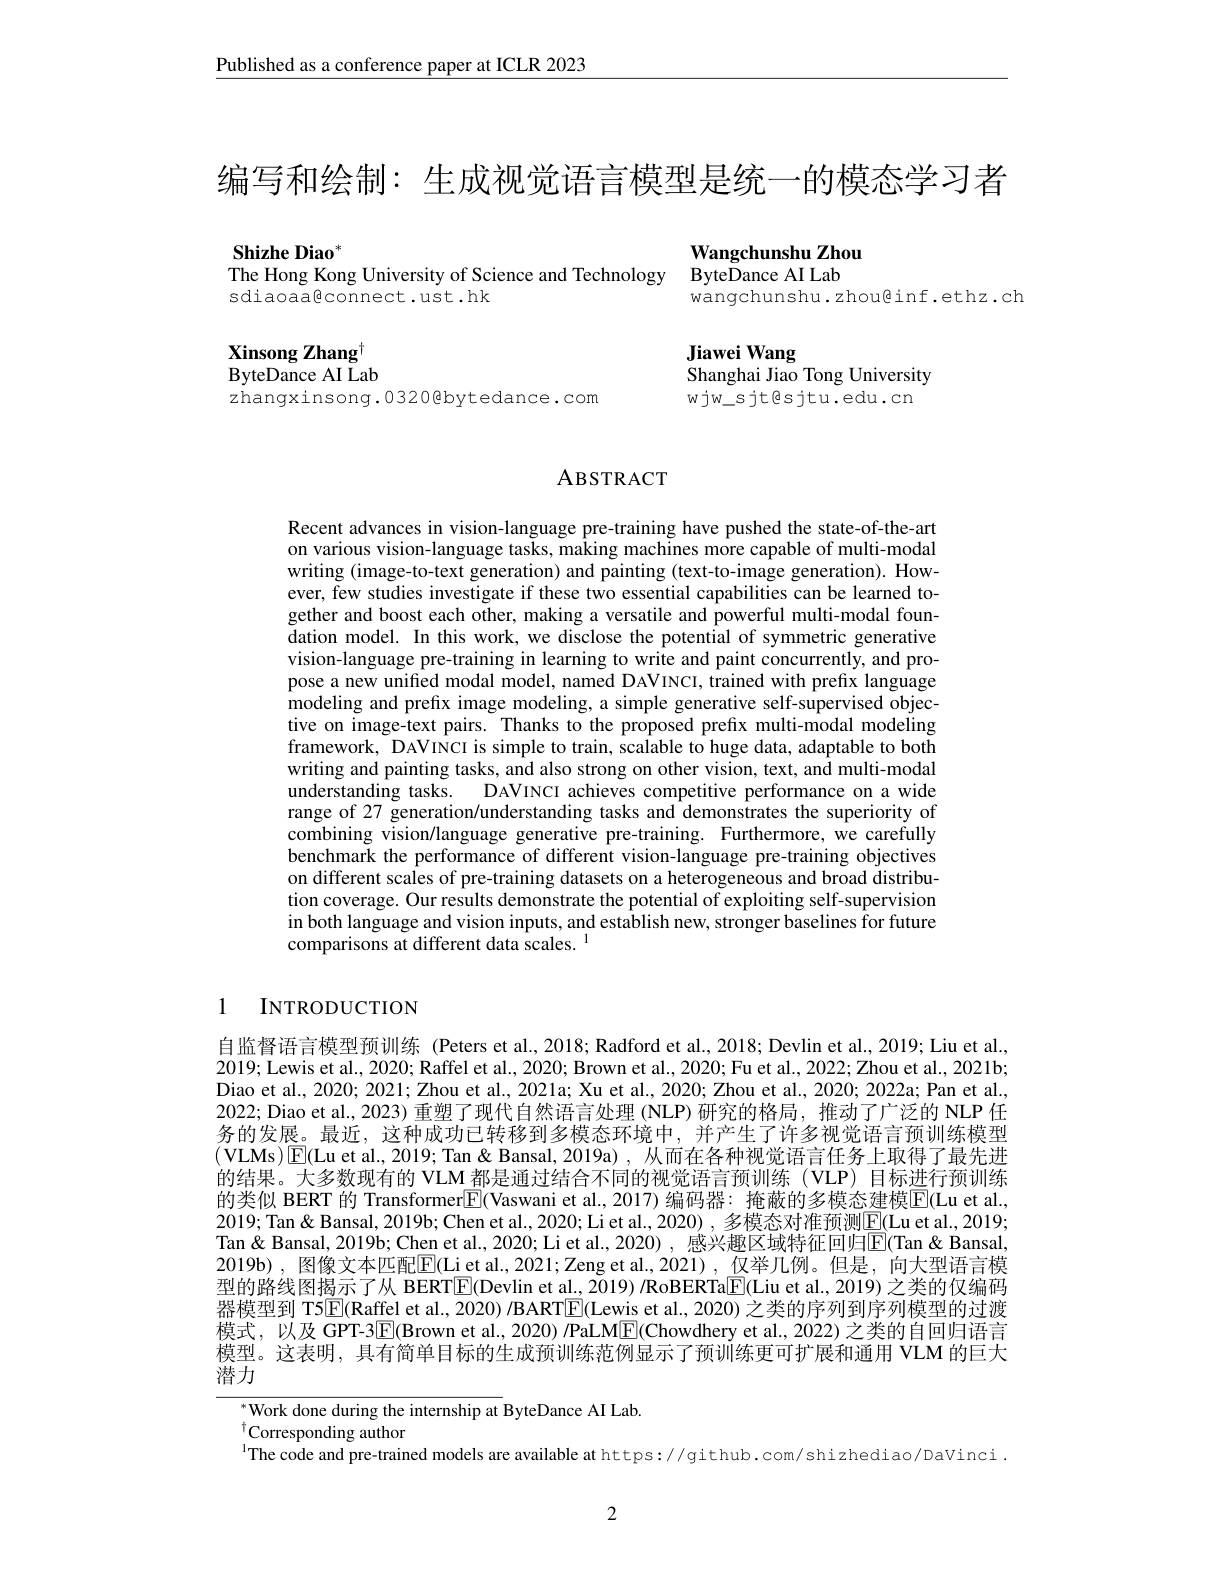
Published as a conference paper at ICLR 2023

编写和绘制：生成视觉语言模型是统一的模态学习者

Shizhe Diao$^{*}$
The Hong Kong University of Science and Technology ByteDance AI Lab

sdiaoaaßconnect.ust.hk

Wangchunshu Zhou
wangchunshu.zhou@inf.ethz.ch

Xinsong Zhang$^{\dagger}$ ByteDance AI Lab

Jiawei Wang
Shanghai Jiao Tong University wjw\_sjt@sjtu.edu.cn

zhangxinsong.0320@bytedance.com

## ABSTRACT

Recent advances in vision-language pre-training have pushed the state-of-the-art on various vision-language tasks, making machines more capable of multi-modal writing (image-to-text generation) and painting (text-to-image generation). However, few studies investigate if these two essential capabilities can be learned together and boost each other, making a versatile and powerful multi-modal foundation model. In this work, we disclose the potential of symmetric generative vision-language pre-training in learning to write and paint concurrently, and propose a new unified modal model, named DAVINCI, trained with prefix language modeling and prefix image modeling, a simple generative self-supervised objective on image-text pairs. Thanks to the proposed prefix multi-modal modeling framework, DAVINCI is simple to train, scalable to huge data, adaptable to both writing and painting tasks, and also strong on other vision, text, and multi-modal understanding tasks. DAVINCI achieves competitive performance on a wide range of 27 generation/understanding tasks and demonstrates the superiority of combining vision/language generative pre-training. Furthermore, we carefully benchmark the performance of different vision-language pre-training objectives on different scales of pre-training datasets on a heterogeneous and broad distribution coverage. Our results demonstrate the potential of exploiting self-supervision in both language and vision inputs, and establish new, stronger baselines for future comparisons at different data scales. 1

# 1 INTRODUCTION

自监督语言模型预训练 (Peters et al.,2018; Radford et al., 2018; Devlin et al., 2019; Liu et al., 2019; Lewis et al., 2020; Raffel et al., 2020; Brown et al., 2020; Fu et al., 2022; Zhou et al., 2021b; Diao et al., 2020; 2021; Zhou et al., 2021a; Xu et al., 2020; Zhou et al., 2020; 2022a; Pan et al., 2022; Diao et al., 2023) 重塑了现代自然语言处理 (NLP) 研究的格局，推动了广泛的 NLP 任务的发展。最近，这种成功已转移到多模态环境中，并产生了许多视觉语言预训练模型$( \textbf{VLMs}) \boxed{\mathrm{F} }($Lu et al., 2019; Tan & Tan & Bansal, 2019a) , 从而在各种视觉语言任务上取得了最先进的结果。大多数现有的 VLM 都是通过结合不同的视觉语言预训练(VLP)目标进行预训练的类似 BERT 的 Transformer$\boxed{\mathrm{F}}($Vaswani et al., 2017) 编码器：掩蔽的多模态建模[E(Lu et al., 2019; Tan " Tan & Bansal, 2019b; Chen et al., 2020; Li et al., 2020) , 多模态对准预测$\boxed{\mathrm{E}}($Lu et al., 2019; Tan& Bansal, 2019b; Chen et al., 2020; Li et al., 2020) , 感兴趣区域特征回归$\overline{\mathrm{E}}($Tan & Bansal, 2019b), 图像文本匹配$\boxed{\mathrm{F}}($Li et al, 2021; Zeng et al., 2021), 仅举几例。但是，向大型语言模型的路线图揭示了从 BERT$\boxed{\mathbb{E}}($Devlin et al., 2019) /RoBERTa$\boxed{\mathbb{F}}($Liu et al., 2019) 之类的仅编码器模型到 T5$\boxed{\mathrm{E}}($Raffel et al., 2020) /BART$\boxed{\mathrm{E}}($Lewis et al., 2020) 之类的序列到序列模型的过渡模式，以及 GPT-3$\boxed{\mathrm{F}}($Brown et al., 2020) /PaLM$\boxed{\mathrm{E}}($Chowdhery et al., 2022) 之类的自回归语言模型。这表明，具有简单目标的生成预训练范例显示了预训练更可扩展和通用 VLM 的巨大潜力

Work done during the internship at ByteDance AI Lab.
$^{\dagger}$Corresponding author
$^{1}$The code and pre-trained models are available at https://github.com/shizhediao/DaVinci .

2